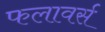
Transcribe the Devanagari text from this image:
फलावर्स